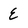
Character: E